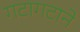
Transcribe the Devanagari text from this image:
गटागटाने